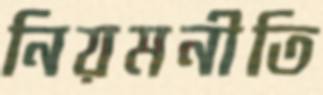
নিয়মনীতি